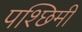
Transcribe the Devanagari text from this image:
पश्छिमी